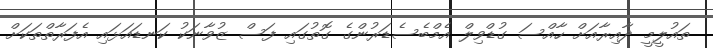
ތައުލީމީ ދާއިރާއަށް ހާއްސަ ގުޑްވިލް އެމްބެސެޑަރުންގެ ގޮތުގައި ފަސް ޒުވާނަކު ކަނޑައަޅައި އެފަރާތްތަކަށް